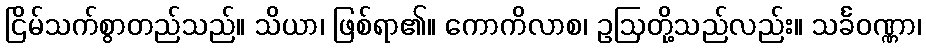
ငြိမ်သက်စွာတည်သည်။ သိယာ၊ ဖြစ်ရာ၏။ ကောကိလာစ၊ ဥဩတို့သည်လည်း။ သင်္ခဝဏ္ဏာ၊